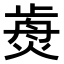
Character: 𤌺